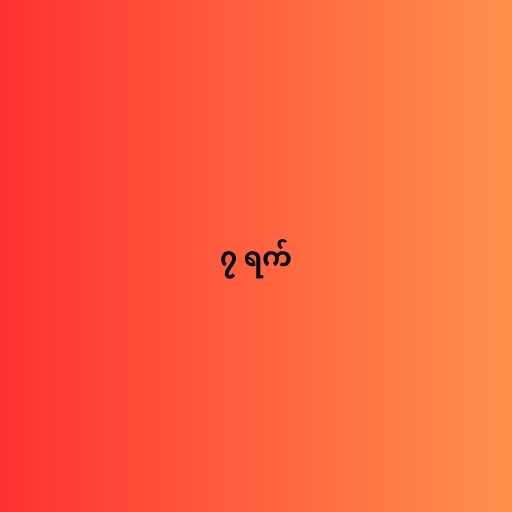
၇ ရက်